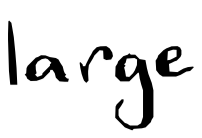
Text: large
Cross-out: clean
Writing tool: digital_black